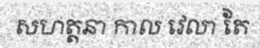
សហត្តនា កាល វេលា តែ